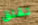
تقلق